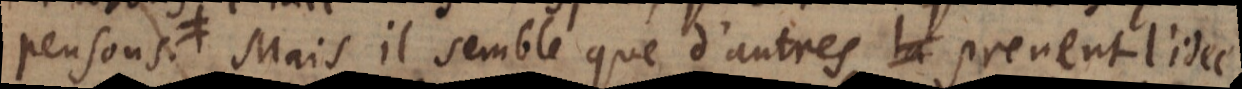
precedentes. Mais il semble que d’autres prennent l’idée